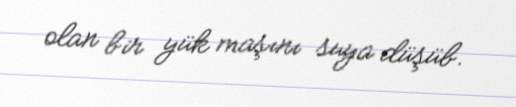
olan bir yük maşını suya düşüb.